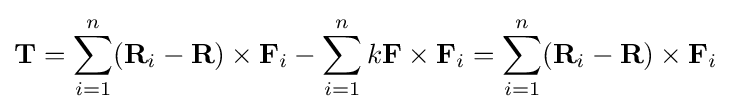
\mathbf {T} =\sum _{i=1}^{n}(\mathbf {R} _{i}-\mathbf {R} )\times \mathbf {F} _{i}-\sum _{i=1}^{n}k\mathbf {F} \times \mathbf {F} _{i}=\sum _{i=1}^{n}(\mathbf {R} _{i}-\mathbf {R} )\times \mathbf {F} _{i}